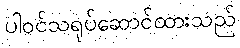
ပါဝင်သရုပ်ဆောင်ထားသည်